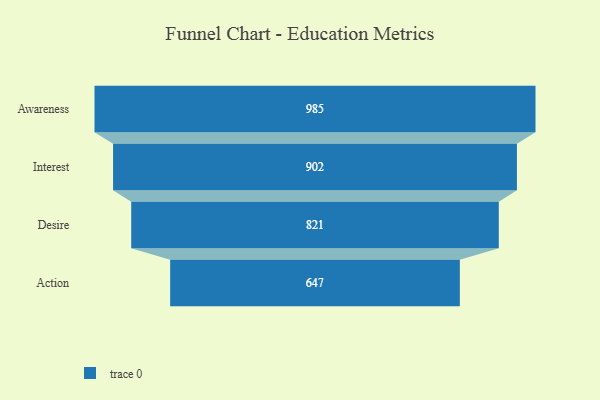
{"axis": {"x": "Stage", "y": "Value"}, "legend": [""], "data": [{"x": "Awareness", "y": 985.0, "type": ""}, {"x": "Interest", "y": 902.0, "type": ""}, {"x": "Desire", "y": 821.0, "type": ""}, {"x": "Action", "y": 647.0, "type": ""}]}